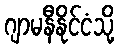
ဂျာမနီနိုင်ငံသို့